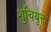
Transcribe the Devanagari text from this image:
शुचियुक्त